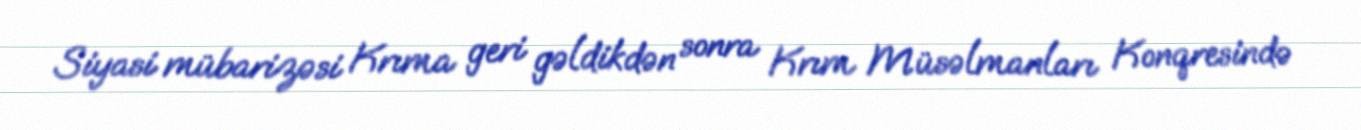
Siyasi mübarizəsi Krıma geri gəldikdən sonra Krım Müsəlmanları Konqresində